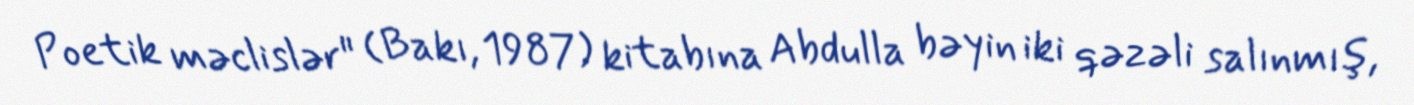
Poetik məclislər" (Bakı, 1987) kitabına Abdulla bəyin iki qəzəli salınmış,